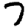
Digit: 7